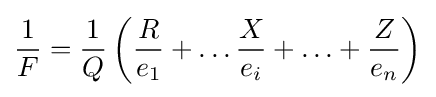
{\frac {1}{F}}={\frac {1}{Q}}\left({\frac {R}{e_{1}}}+\ldots {\frac {X}{e_{i}}}+\ldots +{\frac {Z}{e_{n}}}\right)